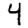
Digit: 4